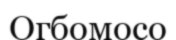
Огбомосо